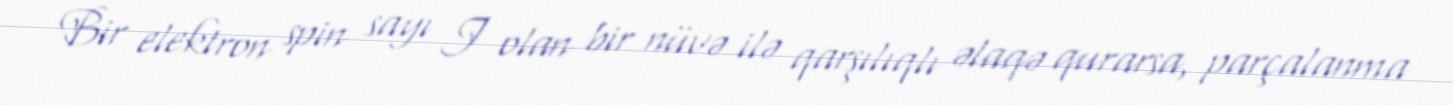
Bir elektron spin sayı I olan bir nüvə ilə qarşılıqlı əlaqə qurarsa, parçalanma